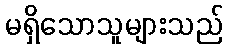
မရှိသောသူများသည်